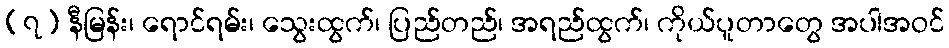
(၇) နီမြန်း၊ ရောင်ရမ်း၊ သွေးထွက်၊ ပြည်တည်၊ အရည်ထွက်၊ ကိုယ်ပူတာတွေ အပါအဝင်